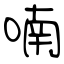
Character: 喃